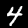
Label: 4